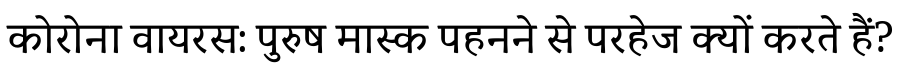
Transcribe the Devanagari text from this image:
कोरोना वायरस: पुरुष मास्क पहनने से परहेज क्यों करते हैं?